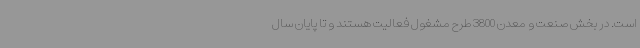
است. در بخش صنعت و معدن 3800 طرح مشغول فعالیت هستند و تا پایان سال